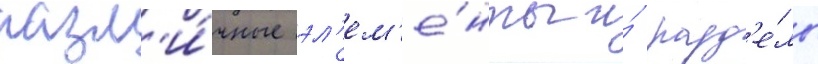
разл'и́чные эл'ем'е́нты и́ разд'е́лы